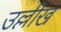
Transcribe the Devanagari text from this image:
उल्लीख